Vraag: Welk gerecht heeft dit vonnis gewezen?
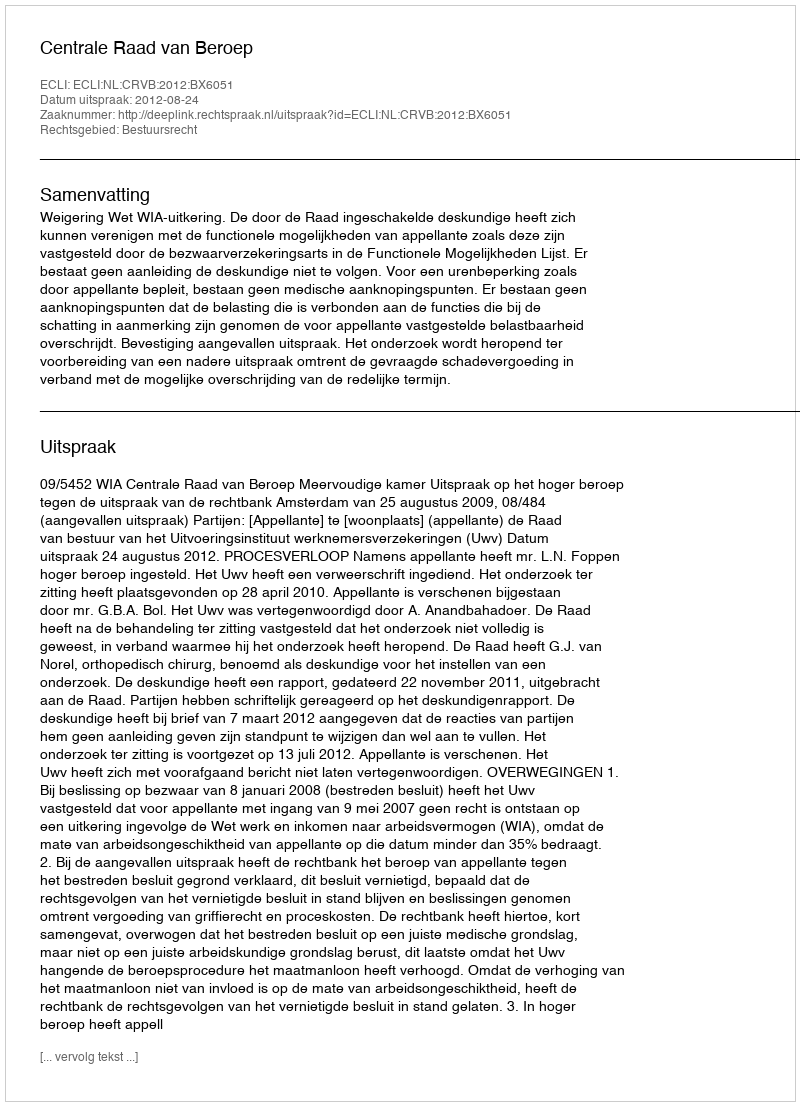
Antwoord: Centrale Raad van Beroep